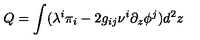
Q = \int ( \lambda ^ { i } \pi _ { i } - 2 g _ { i j } \nu ^ { i } \partial _ { z } \phi ^ { j } ) d ^ { 2 } z